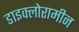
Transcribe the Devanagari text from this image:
डाइक्लोरामीन